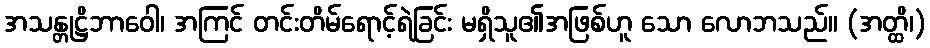
အသန္တုဋ္ဌိဘာဝေါ၊ အကြင် တင်းတိမ်ရောင့်ရဲခြင်း မရှိသူ၏အဖြစ်ဟူ သော လောဘသည်။ (အတ္ထိ၊)